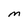
Character: M